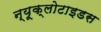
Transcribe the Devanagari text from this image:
न्यूक्लोटाइडस